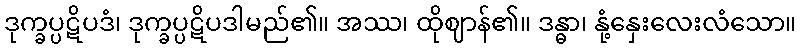
ဒုက္ခပ္ပဋိပဒံ၊ ဒုက္ခပ္ပဋိပဒါမည်၏။ အဿ၊ ထိုဈာန်၏။ ဒန္ဓာ၊ နုံ့နှေးလေးလံသော။